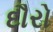
દૌરો